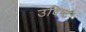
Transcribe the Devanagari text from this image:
उदिष्‍ट